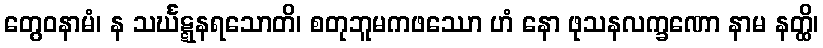
တွေဝနာမံ၊ န သင်္ဃဋ္ဋနရသောတိ၊ စတုဘူမကဖဿော ဟံ နော ဖုသနလက္ခဏော နာမ နတ္ထိ၊